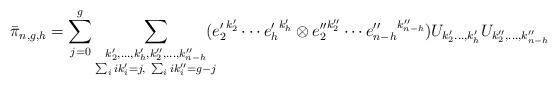
LaTeX: \begin{align*}\bar\pi_{n,g,h} = \sum_{j=0}^{g}\sum_{\substack{k_{2}',\dots,k_{h}',k_{2}'',\ldots, k_{n-h}''\\\sum_{i} ik_{i}' = j, \ \sum_{i} ik_{i}'' = g-j}}\!\!\!\!({e_{2}'}^{k_{2}'}\cdots{e_{h}'}^{k_{h}'} \otimes {e_{2}''}^{k_{2}''}\cdots{e_{n-h}''}^{k_{n-h}''})U_{k_{2}'\ldots,k_{h}'} U_{k_{2}'',\ldots,k_{n-h}''}\end{align*}